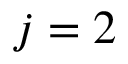
j = 2